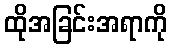
ထိုအခြင်းအရာကို